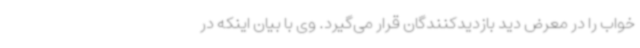
خواب را در معرض دید بازدیدکنندگان قرار می‌گیرد. وی با بیان اینکه در